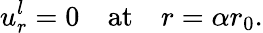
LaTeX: u_{r}^{l}=0\quad\mathrm{at}\quad r=\alpha r_{0}.